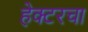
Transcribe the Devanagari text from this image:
हेक्टरचा